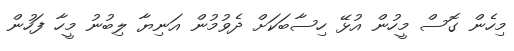
މިހެން ގޮސް މީހުން އުޅޭ ހިސާބަކަށް ދެވުމުން އަނިޔާ ލިބުނު މީހާ ފަހުން